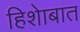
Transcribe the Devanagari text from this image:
हिशेाबात